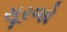
સૂરજો